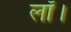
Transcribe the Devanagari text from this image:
लॉ।